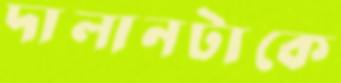
দালানটাকে